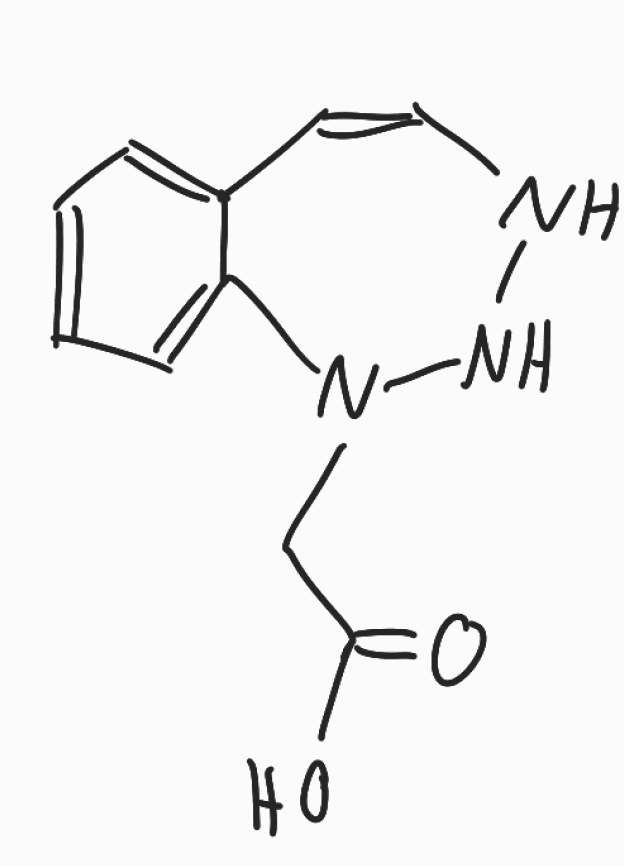
Simplified molecular-input line-entry system (SMILES) notation of the given molecule:
C1=CC=C2C(=C1)C=CNNN2CC(=O)O